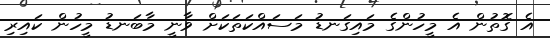
އެ ގޮތުން އެ މީހުންގެ މައިގަނޑު މަސައްކަތަކަށް ވާނީ މާބަނޑު މީހުން ކައިރި